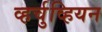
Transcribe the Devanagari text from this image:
व्हर्चुव्हियन